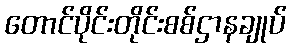
တောင်ပိုင်းတိုင်းစစ်ဌာနချုပ်